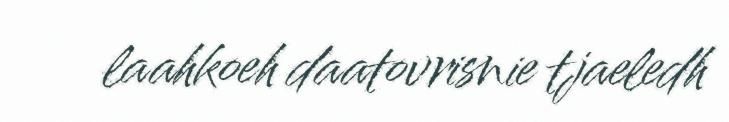
laahkoeh daatovrisnie tjaeledh